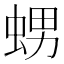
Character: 𧋱